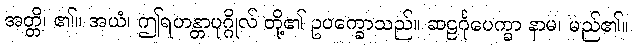
အတ္တိ၊ ၏။ အယံ၊ ဤရဟန္တာပုဂ္ဂိုလ် တို့၏ ဥပက္ခောသည်။ ဆဠင်္ဂုပေက္ခာ နာမ၊ မည်၏။